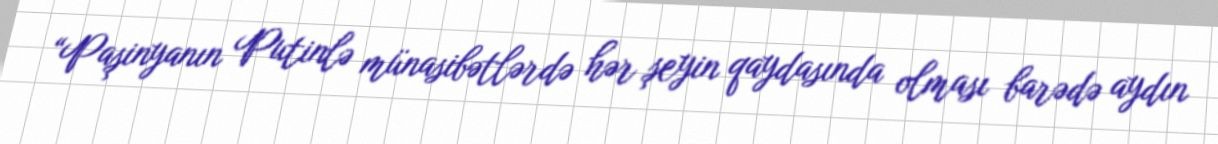
“Paşinyanın Putinlə münasibətlərdə hər şeyin qaydasında olması barədə aydın